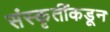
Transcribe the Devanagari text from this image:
संस्कृतींकडून